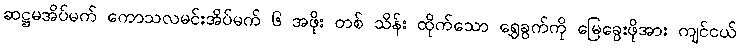
ဆဋ္ဌမအိပ်မက် ကောသလမင်းအိပ်မက် ၆ အဖိုး တစ် သိန်း ထိုက်သော ရွှေခွက်ကို မြေခွေးဖိုအား ကျင်ငယ်